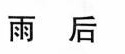
雨后